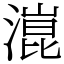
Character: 潉